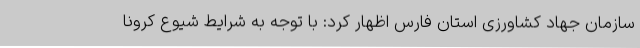
سازمان جهاد کشاورزی استان فارس اظهار کرد: با توجه به شرایط شیوع کرونا